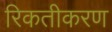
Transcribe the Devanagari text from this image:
रिकतीकरण